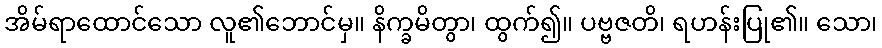
အိမ်ရာထောင်သော လူ၏ဘောင်မှ။ နိက္ခမိတွာ၊ ထွက်၍။ ပဗ္ဗဇတိ၊ ရဟန်းပြု၏။ သော၊